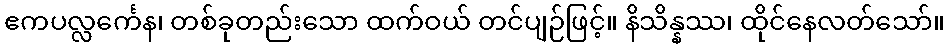
ဧကပလ္လင်္ကေန၊ တစ်ခုတည်းသော ထက်ဝယ် တင်ပျဉ်ဖြင့်။ နိသိန္နဿ၊ ထိုင်နေလတ်သော်။